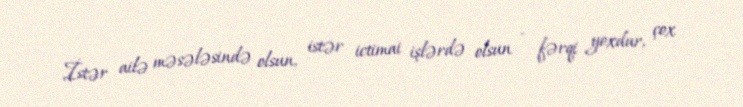
İstər ailə məsələsində olsun, istər ictimai işlərdə olsun - fərqi yoxdur, çox